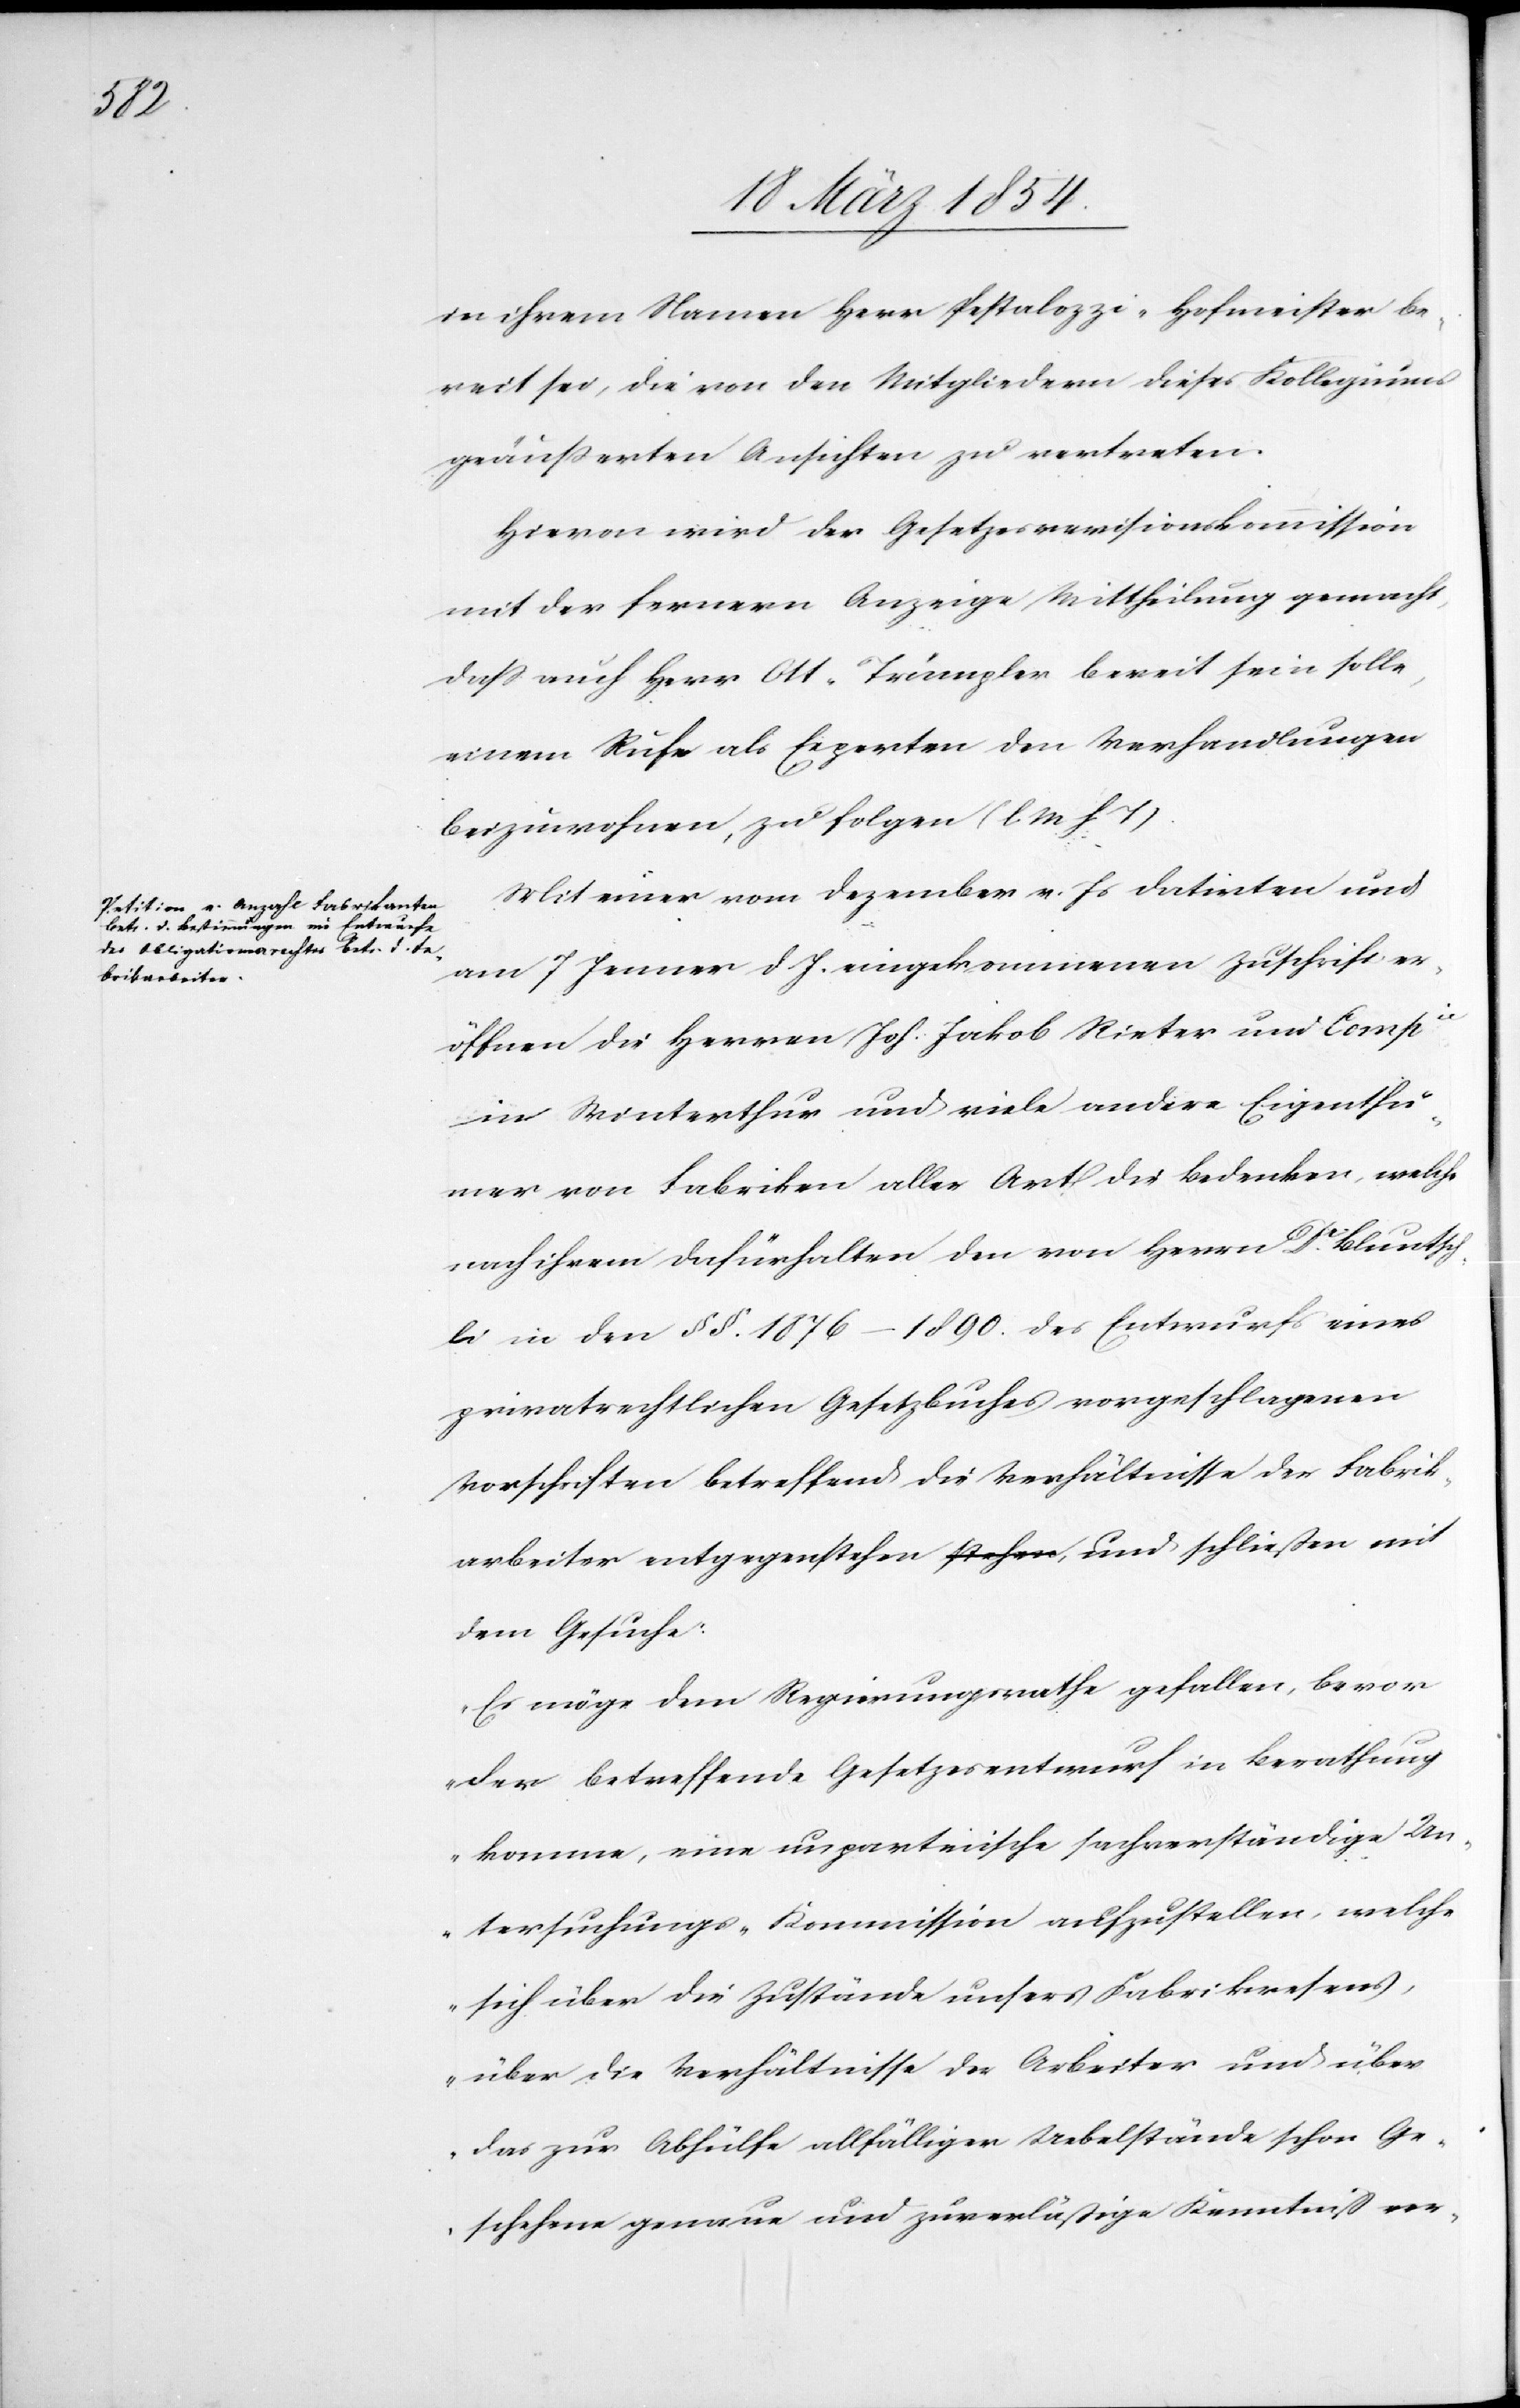
in ihrem Namen Herr Pestalozzi-Hofmeister be¬
reit sei, die von den Mitgliedern dieses Kollegiums
geäußerten Ansichten zu vertreten.
Hievon wird der Gesetzesrevisionskommission
mit der fernern Anzeige Mittheilung gemacht,
daß auch Herr Ott-Trümpler bereit sein solle,
einem Rufe als Experten den Verhandlungen
beizuwohnen, zu folgen (l. M. h T).
Mit einer vom Dezember v. Js datirten und
am 7 Jenner d J. eingekommenen Zuschrift er¬
öffnen die Herren Joh. Jakob Rieter und Compie
in Winterthur und viele andere Eigenthü¬
mer von Fabriken aller Art die Bedenken, welche
nach ihrem Dafürhalten den von Herrn Dr Bluntsch¬
li in den §§. 1876–1890. des Entwurfs eines
privatrechtlichen Gesetzbuches vorgeschlagenen
Vorschriften betreffend die Verhältnisse der Fabrik¬
arbeiter entgegenstehen, und schließen mit dem Gesuche:
„Es möge dem Regierungsrathe gefallen, bevor
der betreffende Gesetzesentwurf in Berathung
komme, eine unparteiische sachverständige Un¬
tersuchungs-Kommission aufzustellen, welche
sich über die Zustände unsers Fabrikwesens,
über die Verhältnisse der Arbeiter und über
das zur Abhülfe allfälliger Uebelstände schon Ge¬
schehene genaue und zuverläßige Kenntniß ver-